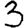
Digit: 3